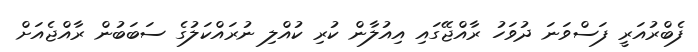
ފެބްރުއަރީ ފަސްވަނަ ދުވަހު ރާއްޖޭގައި އިއުލާން ކުރި ކުއްލި ނުރައްކަލުގެ ސަބަބުން ރާއްޖެއަށް